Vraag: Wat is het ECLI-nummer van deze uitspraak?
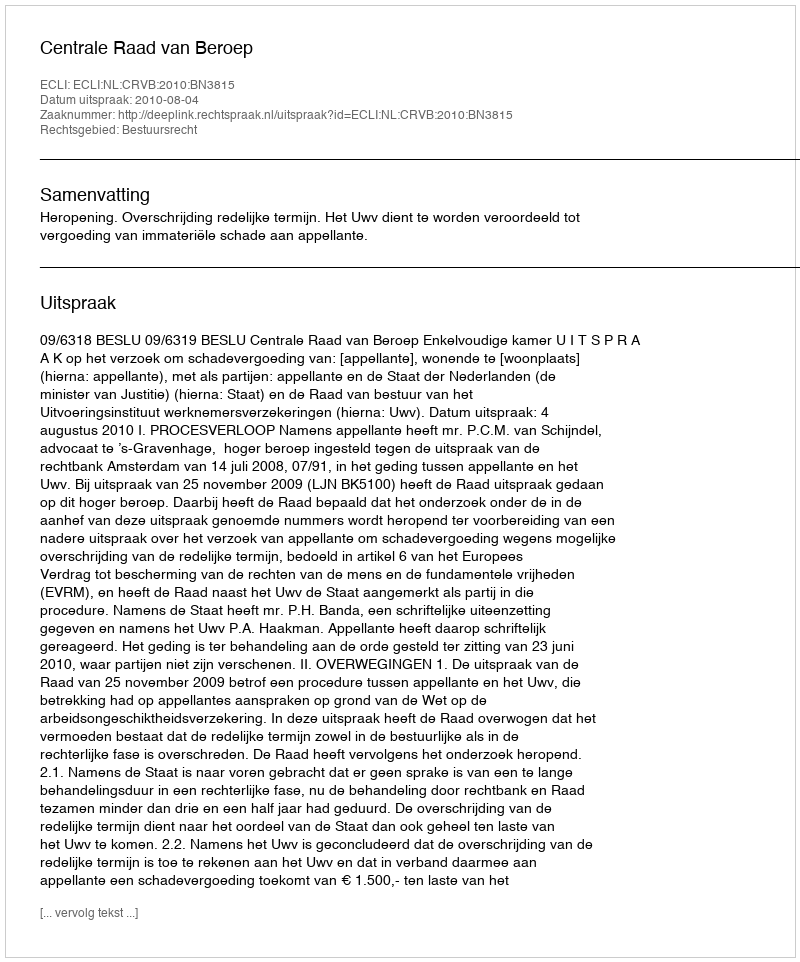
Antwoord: ECLI:NL:CRVB:2010:BN3815